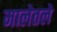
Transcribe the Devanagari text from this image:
मालेतले